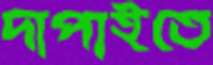
দাপাইতে